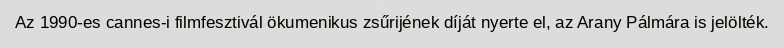
Az 1990-es cannes-i filmfesztivál ökumenikus zsűrijének díját nyerte el, az Arany Pálmára is jelölték.